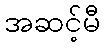
အဆင့်မီ